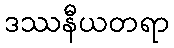
ဒဿနီယတရာ